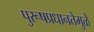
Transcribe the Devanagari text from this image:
पुरूषप्रधानतेमुळे